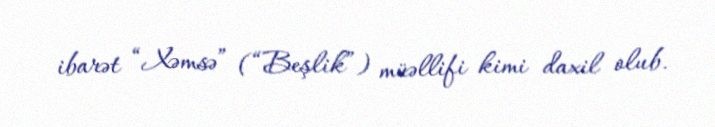
ibarət “Xəmsə” (“Beşlik”) müəllifi kimi daxil olub.